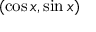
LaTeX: ( \cos x , \sin x )